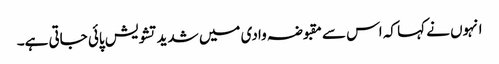
انہوں نے کہا کہ اس سے مقبوضہ وادی میں شدید تشویش پائی جاتی ہے۔